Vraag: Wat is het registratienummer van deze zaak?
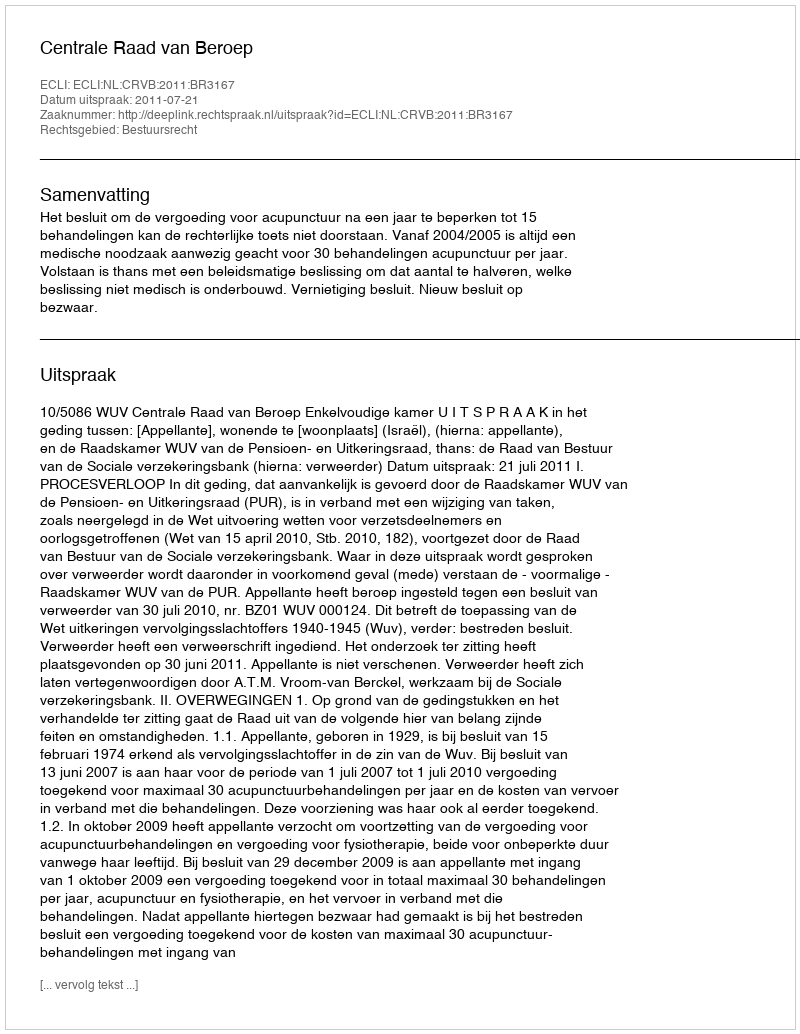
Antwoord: http://deeplink.rechtspraak.nl/uitspraak?id=ECLI:NL:CRVB:2011:BR3167